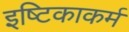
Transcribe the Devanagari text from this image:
इष्टिकाकर्म